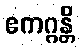
ဧကဂ္ဂန္တိ